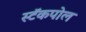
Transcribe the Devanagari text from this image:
स्टॅकपोल